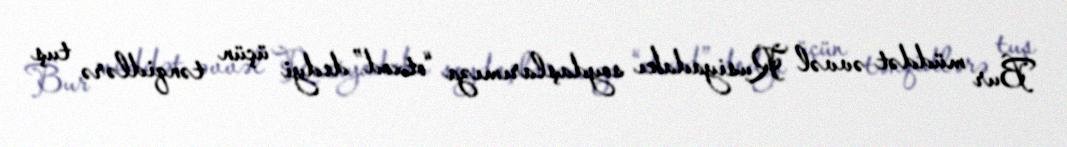
Bur müddət əvvəl Rusiyadakı soydaşlarımıza “otxod” dedyi üçün tənqidlərə tuş